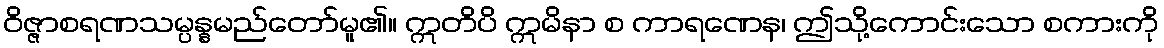
ဝိဇ္ဇာစရဏသမ္ပန္နမည်တော်မူ၏။ ဣတိပိ ဣမိနာ စ ကာရဏေန၊ ဤသို့ကောင်းသော စကားကို